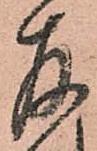
存